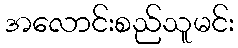
အလောင်းစည်သူမင်း